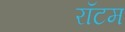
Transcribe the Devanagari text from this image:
रॉटम